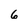
Character: 6